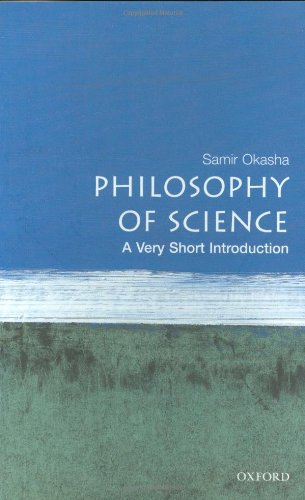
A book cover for Philosophy of Science: A Very Short Introduction; Samir Okasha; Politics & Social Sciences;